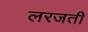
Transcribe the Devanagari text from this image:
लरजती